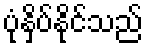
ပုံနှိပ်နိုင်သည်